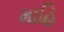
માહિ